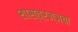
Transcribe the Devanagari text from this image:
शास्त्रज्ञचा